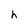
Character: h